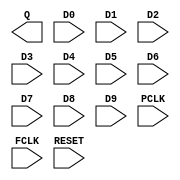
// This program was cloned from: https://github.com/ryuz/jelly
// License: MIT License



module OSER10
    (
        output  wire    Q    ,
        input   wire    D0   ,
        input   wire    D1   ,
        input   wire    D2   ,
        input   wire    D3   ,
        input   wire    D4   ,
        input   wire    D5   ,
        input   wire    D6   ,
        input   wire    D7   ,
        input   wire    D8   ,
        input   wire    D9   ,
        input   wire    PCLK ,
        input   wire    FCLK ,
        input   wire    RESET
    );

endmodule